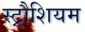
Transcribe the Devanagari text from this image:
स्ट्रौशियम